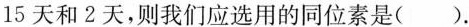
15天和2天，则我们应选用的同位素是()。